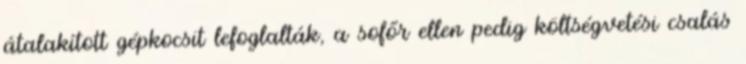
átalakított gépkocsit lefoglalták, a sofőr ellen pedig költségvetési csalás